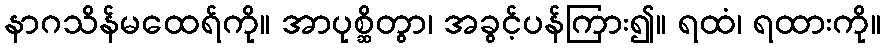
နာဂသိန်မထေရ်ကို။ အာပုစ္ဆိတွာ၊ အခွင့်ပန်ကြား၍။ ရထံ၊ ရထားကို။